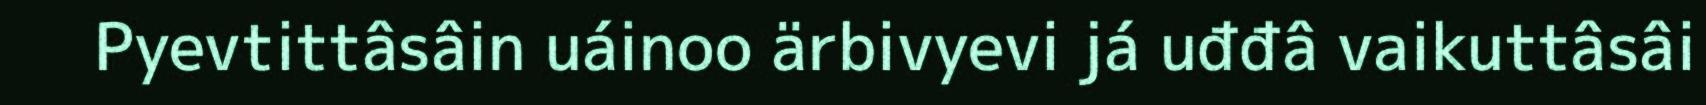
Pyevtittâsâin uáinoo ärbivyevi já uđđâ vaikuttâsâi